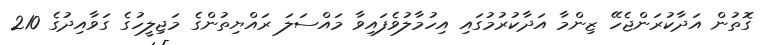
ގޮތުން އަދާކުރަންޖެހޭ ޒިންމާ އަދާކުރުމުގައި އިހުމާލުވެފައިވާ މައްސަލަ ރައްޔިތުންގެ މަޖިލީހުގެ ގަވާއިދުގެ 210